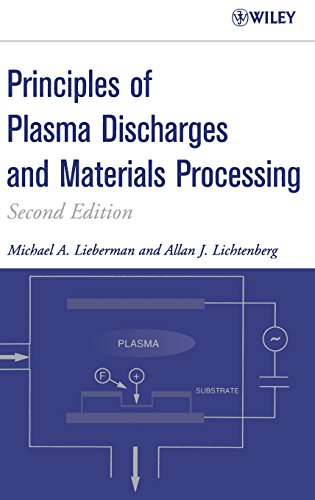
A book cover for Principles of Plasma Discharges and Materials Processing , 2nd Edition; Michael A. Lieberman; Science & Math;